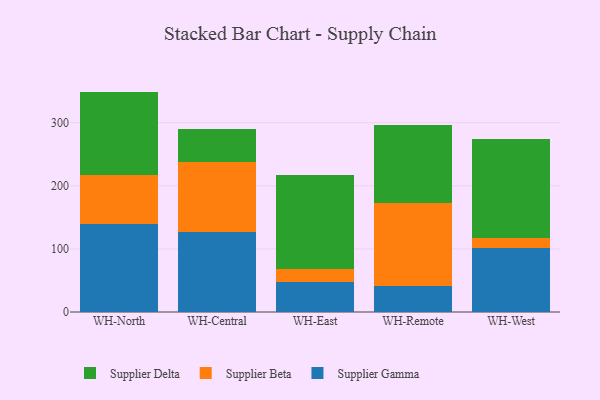
{"axis": {"x": "Warehouse", "y": "Satisfaction Score"}, "legend": ["Supplier Beta", "Supplier Delta", "Supplier Gamma"], "data": [{"x": "WH-North", "y": 139.2, "type": "Supplier Gamma"}, {"x": "WH-North", "y": 78.2, "type": "Supplier Beta"}, {"x": "WH-North", "y": 131.9, "type": "Supplier Delta"}, {"x": "WH-Central", "y": 126.8, "type": "Supplier Gamma"}, {"x": "WH-Central", "y": 110.2, "type": "Supplier Beta"}, {"x": "WH-Central", "y": 52.7, "type": "Supplier Delta"}, {"x": "WH-East", "y": 48.3, "type": "Supplier Gamma"}, {"x": "WH-East", "y": 19.7, "type": "Supplier Beta"}, {"x": "WH-East", "y": 148.8, "type": "Supplier Delta"}, {"x": "WH-Remote", "y": 41.7, "type": "Supplier Gamma"}, {"x": "WH-Remote", "y": 130.4, "type": "Supplier Beta"}, {"x": "WH-Remote", "y": 124.9, "type": "Supplier Delta"}, {"x": "WH-West", "y": 101.7, "type": "Supplier Gamma"}, {"x": "WH-West", "y": 15.1, "type": "Supplier Beta"}, {"x": "WH-West", "y": 156.8, "type": "Supplier Delta"}]}